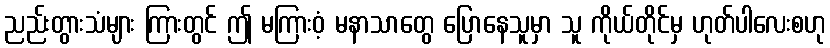
ညည်းတွားသံများ ကြားတွင် ဤ မကြားဝံ့ မနာသာတွေ ပြောနေသူမှာ သူ ကိုယ်တိုင်မှ ဟုတ်ပါလေးစဟု